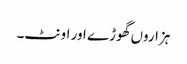
ہزاروں گھوڑے اور اونٹ۔